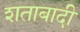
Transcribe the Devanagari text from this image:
शताबादी